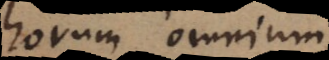
horum omnium